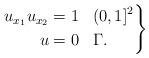
LaTeX: \begin{align*}\left.\begin{aligned}u_{x_1}u_{x_2} &= 1& & (0,1]^2\\u &=0& & \Gamma.\end{aligned}\right\}\end{align*}